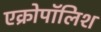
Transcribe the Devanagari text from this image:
एक्रोपॉलिश